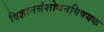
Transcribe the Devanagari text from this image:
विज्ञानसंशोधनविषयक